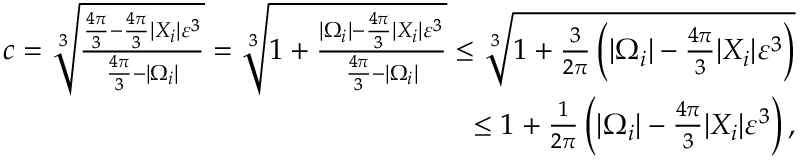
\begin{array} { r } { c = \sqrt [ 3 ] { \frac { \frac { 4 \pi } { 3 } - \frac { 4 \pi } { 3 } | X _ { i } | \varepsilon ^ { 3 } } { \frac { 4 \pi } { 3 } - | \Omega _ { i } | } } = \sqrt [ 3 ] { 1 + \frac { | \Omega _ { i } | - \frac { 4 \pi } { 3 } | X _ { i } | \varepsilon ^ { 3 } } { \frac { 4 \pi } { 3 } - | \Omega _ { i } | } } \leq \sqrt [ 3 ] { 1 + \frac { 3 } { 2 \pi } \left( | \Omega _ { i } | - \frac { 4 \pi } { 3 } | X _ { i } | \varepsilon ^ { 3 } \right) } } \\ { \leq 1 + \frac { 1 } { 2 \pi } \left( | \Omega _ { i } | - \frac { 4 \pi } { 3 } | X _ { i } | \varepsilon ^ { 3 } \right) , } \end{array}